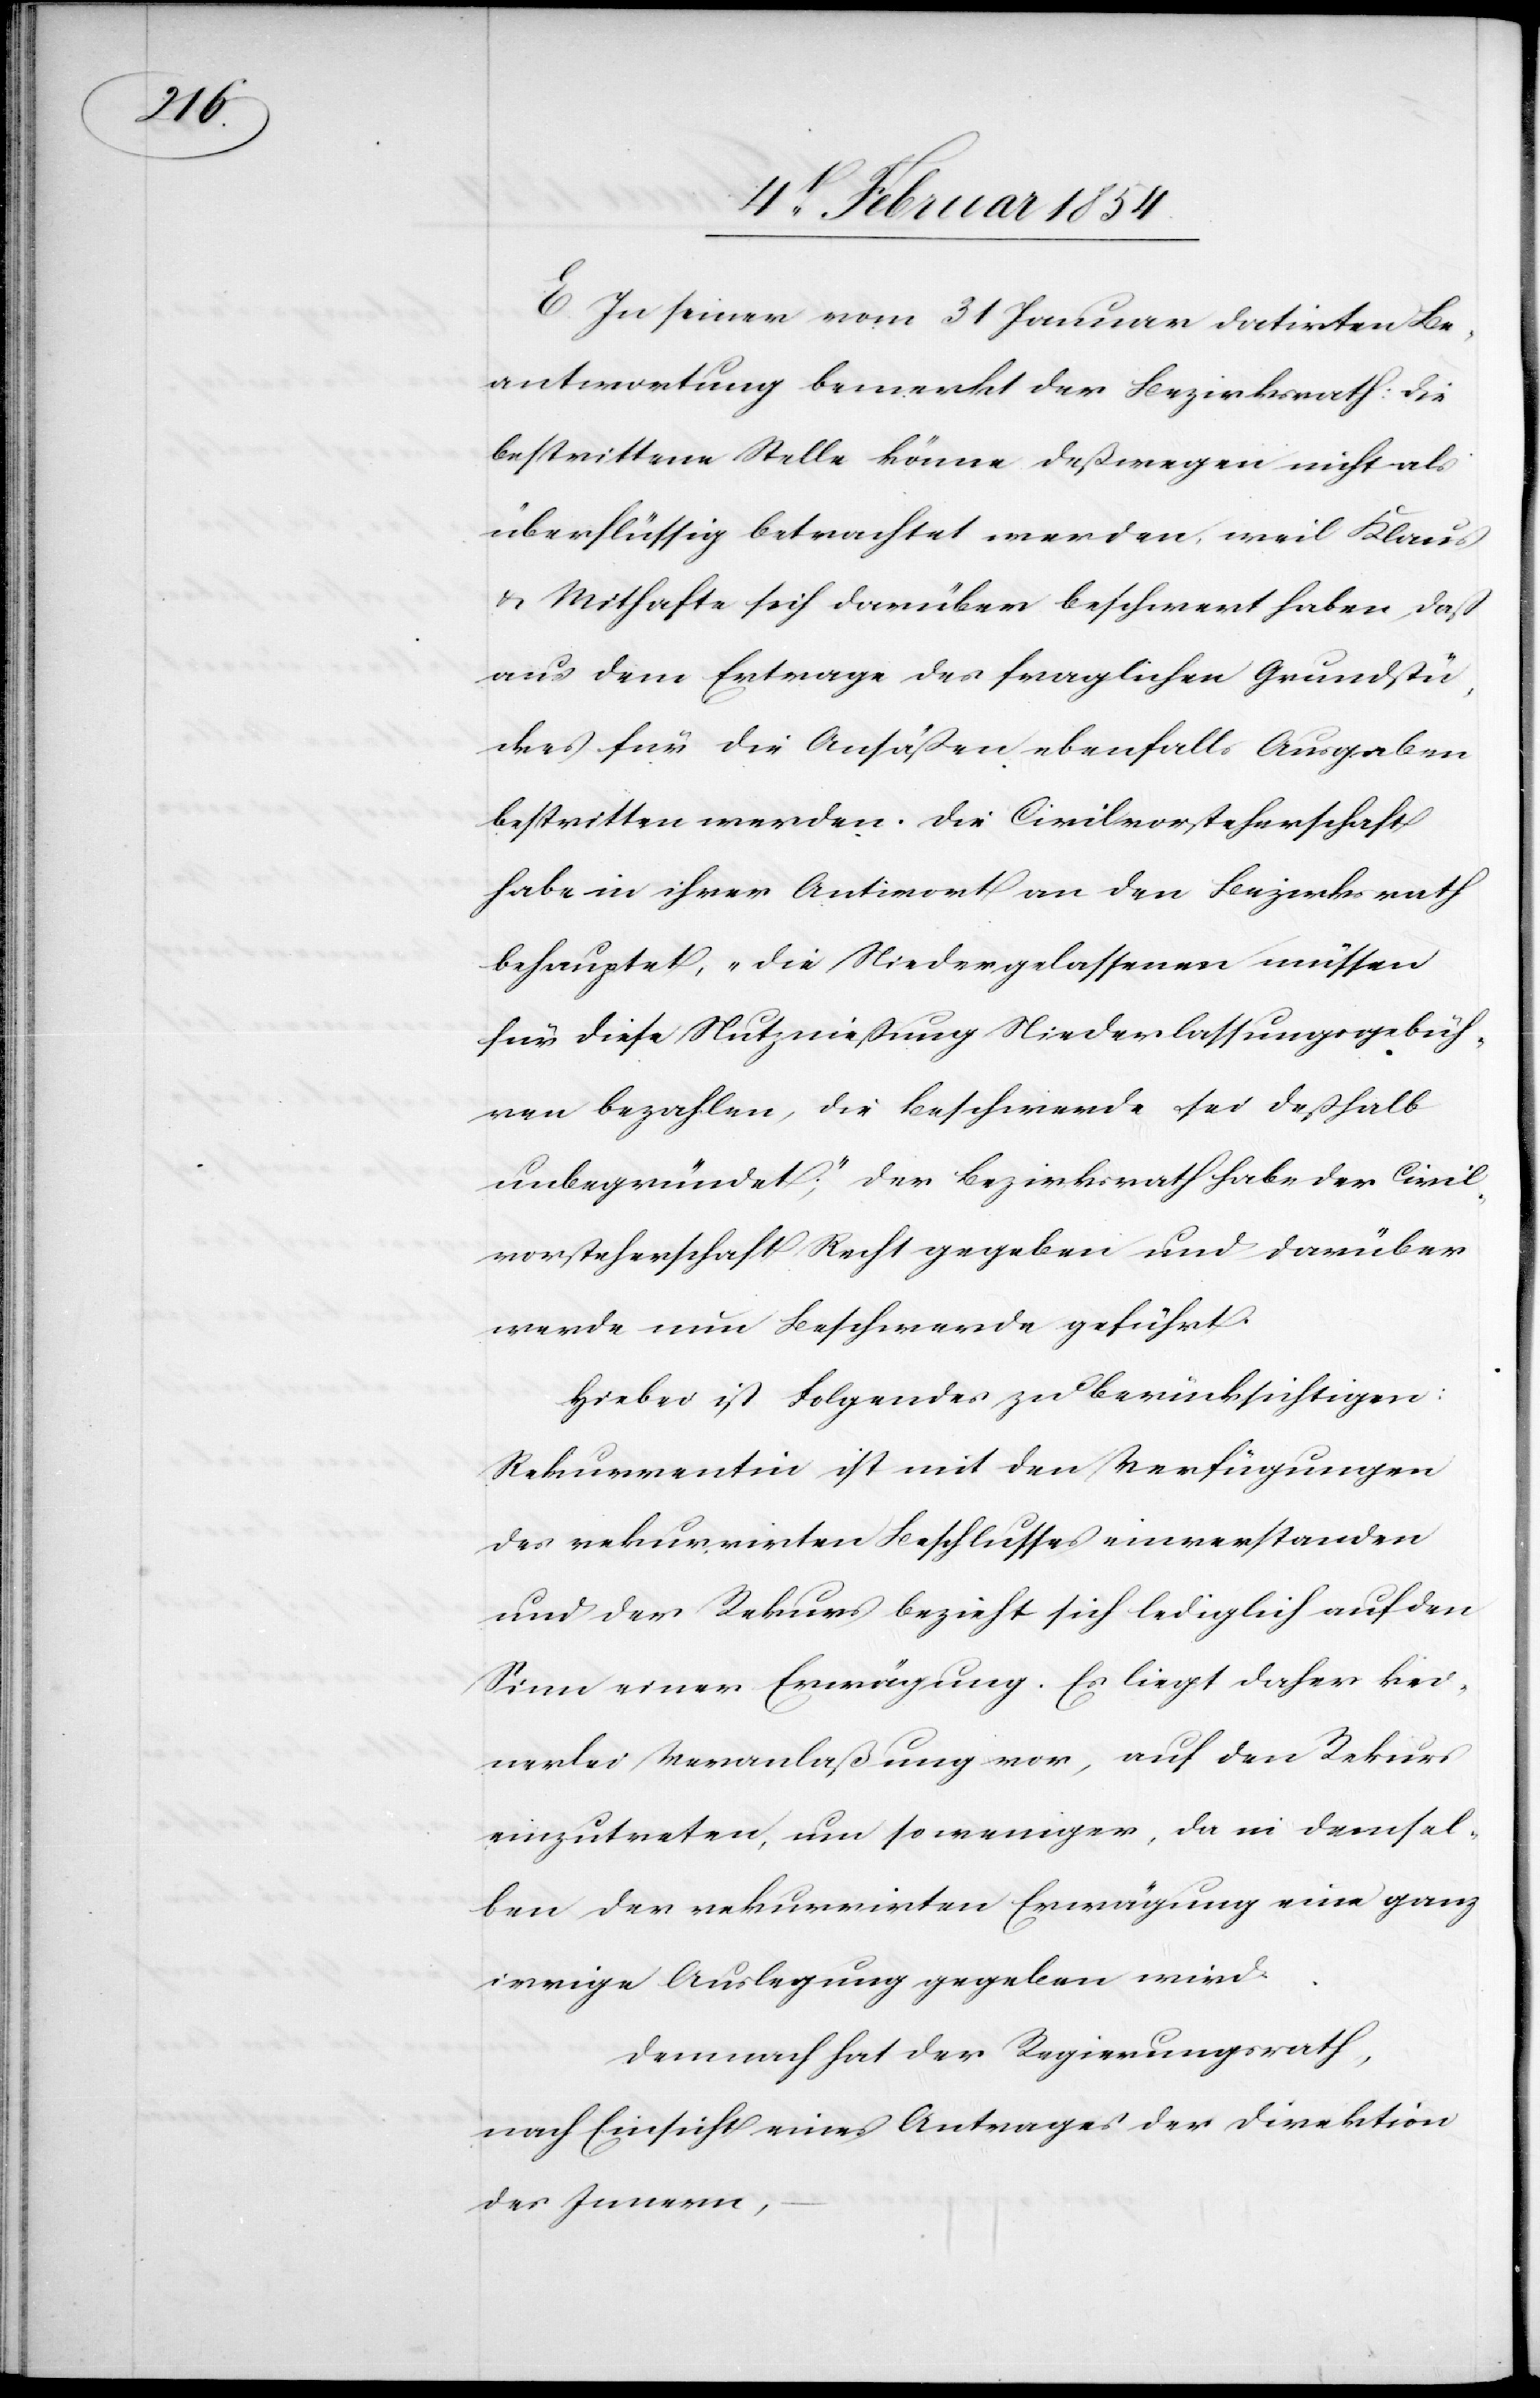
E. In seiner vom 31 Januar datirten Be¬
antwortung bemerkt der Bezirksrath: Die
bestrittene Stelle könne deßwegen nicht als
überflüssig betrachtet werden, weil Klaus
u. Mithafte sich darüber beschwert haben, daß
aus dem Ertrage des fraglichen Grundstü¬
ckes für die Ansäßen ebenfalls Ausgaben
bestritten werden. Die Civilvorsteherschaft
habe in ihrer Antwort an den Bezirksrath
behauptet, „die Niedergelassenen müssen
für diese Nutznießung Niederlassungsgebüh¬
ren bezahlen, die Beschwerde sei deßhalb
unbegründet“ der Bezirksrath habe der Civil¬
vorsteherschaft Recht gegeben und darüber
werde nun Beschwerde geführt.
Hiebei ist Folgendes zu berücksichtigen:
Rekurrentin ist mit den Verfügungen
des rekurrirten Beschlusses einverstanden
und der Rekurs bezieht sich lediglich auf den
Sinn einer Erwägung. Es liegt daher kei¬
nerlei Veranlaßung vor, auf den Rekurs
einzutreten, um so weniger, da in demsel¬
ben der rekurrirten Erwägung eine ganz
irrige Auslegung gegeben wird.
Demnach hat der Regierungsrath,
nach Einsicht eines Antrages der Direktion
des Innern,